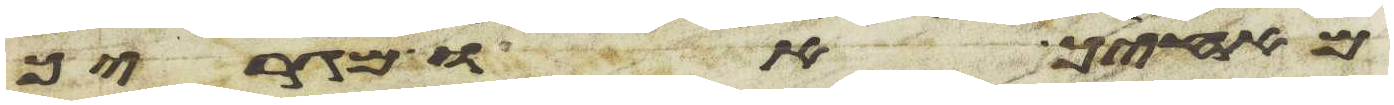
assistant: מאחיך או מגרך